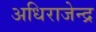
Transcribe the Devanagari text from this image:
अधिराजेन्द्र